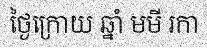
ថ្ងៃក្រោយ ឆ្នាំ មមី រកា